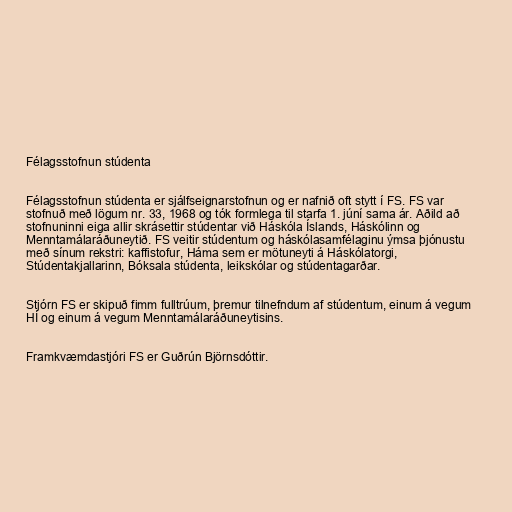
Félagsstofnun stúdenta

Félagsstofnun stúdenta er sjálfseignarstofnun og er nafnið oft stytt í FS. FS var
stofnuð með lögum nr. 33, 1968 og tók formlega til starfa 1. júní sama ár. Aðild að
stofnuninni eiga allir skrásettir stúdentar við Háskóla Íslands, Háskólinn og
Menntamálaráðuneytið. FS veitir stúdentum og háskólasamfélaginu ýmsa þjónustu
með sínum rekstri: kaffistofur, Háma sem er mötuneyti á Háskólatorgi,
Stúdentakjallarinn, Bóksala stúdenta, leikskólar og stúdentagarðar.

Stjórn FS er skipuð fimm fulltrúum, þremur tilnefndum af stúdentum, einum á vegum
HÍ og einum á vegum Menntamálaráðuneytisins.

Framkvæmdastjóri FS er Guðrún Björnsdóttir.